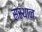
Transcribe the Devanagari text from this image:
संस्थान